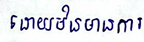
ដោយមិនមានការ